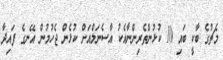
މެޗުގެ ބާކީ ބައި 10 ކުޅުންތެރިންނާއެކު އާސެނަލްއަށް ކުޅެން ޖެހުމުން އޭނގެ ފައިދާ